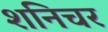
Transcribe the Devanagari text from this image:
शनिचर